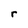
Character: r